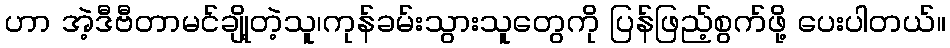
ဟာ အဲ့ဒီဗီတာမင်ချို့တဲ့သူ၊ကုန်ခမ်းသွားသူတွေကို ပြန်ဖြည့်စွက်ဖို့ ပေးပါတယ်။